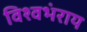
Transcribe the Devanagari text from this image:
विश्वभंराय